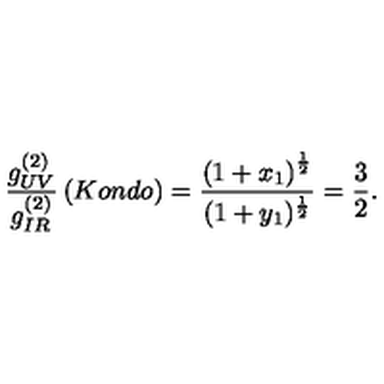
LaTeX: \frac { g _ { U V } ^ { ( 2 ) } } { g _ { I R } ^ { ( 2 ) } } \left( K o n d o \right) = \frac { \left( 1 + x _ { 1 } \right) ^ { \frac { 1 } { 2 } } } { ( 1 + y _ { 1 } ) ^ { \frac { 1 } { 2 } } } = \frac { 3 } { 2 } .